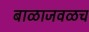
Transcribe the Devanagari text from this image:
बाळाजवळच